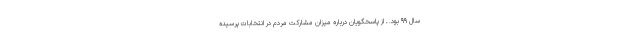
سال ۹۹ بود. ـ از پاسخگویان درباره میزان مشارکت مردم در انتخابات پرسیده